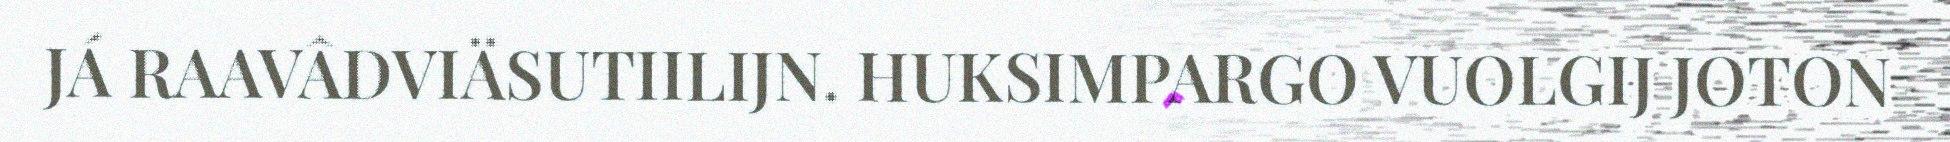
JÁ RAAVÂDVIÄSUTIILIJN. HUKSIMPARGO VUOLGIJ JOTON